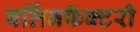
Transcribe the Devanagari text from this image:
बर्लिनफॅक्टरी